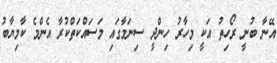
އޭނާ ބުނީ ރޯހިތު އަކީ މިހާރު ހިންދީ ސިނަމާގައި މަސައްކަތްކުރާ އެންމެ ކާމިޔާބު